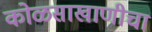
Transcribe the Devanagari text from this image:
कोळसाखाणीचा